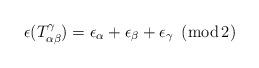
LaTeX: \begin{align*}\epsilon(T^\gamma_{\alpha\beta})=\epsilon_\alpha+\epsilon_\beta+ \epsilon_\gamma\,\,\,({\rm mod\,2})\end{align*}